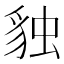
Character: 𧳃